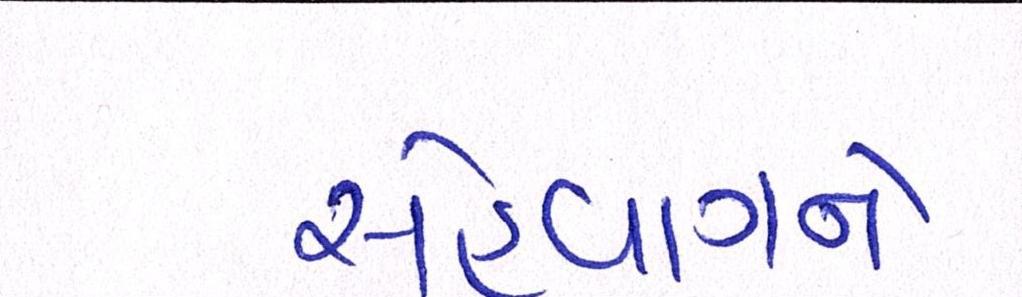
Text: સેહવાગને